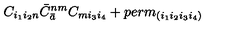
C _ { i _ { 1 } i _ { 2 } n } { \bar { C } } _ { \bar { a } } ^ { n m } C _ { m i _ { 3 } i _ { 4 } } + p e r m _ { ( i _ { 1 } i _ { 2 } i _ { 3 } i _ { 4 } ) }